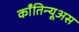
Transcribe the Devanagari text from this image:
काँतिन्यूअस